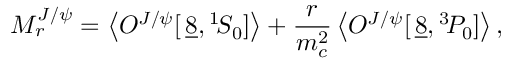
M _ { r } ^ { J / \psi } = \left\langle { \cal O } ^ { J / \psi } [ \, \underline { { { 8 } } } , { } ^ { 1 } \! S _ { 0 } ] \right\rangle + \frac { r } { m _ { c } ^ { 2 } } \left\langle { \cal O } ^ { J / \psi } [ \, \underline { { { 8 } } } , { } ^ { 3 } \! P _ { 0 } ] \right\rangle ,